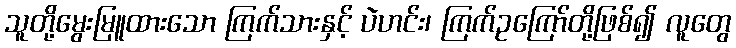
သူတို့မွေးမြူထားသော ကြက်သားနှင့် ပဲဟင်း၊ ကြက်ဥကြော်တို့ဖြစ်၍ လူတွေ